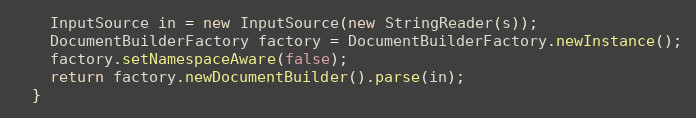
Language: Java
    InputSource in = new InputSource(new StringReader(s));
    DocumentBuilderFactory factory = DocumentBuilderFactory.newInstance();
    factory.setNamespaceAware(false);
    return factory.newDocumentBuilder().parse(in);
  }